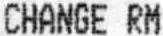
CHANGE RM